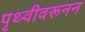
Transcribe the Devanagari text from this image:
पृथ्वीवरूनन